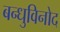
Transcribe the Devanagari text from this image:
बन्धुविनोद